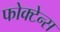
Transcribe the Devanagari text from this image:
फोक्टेन्स